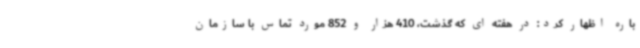
باره اظهار کرد: در هفته ای که گذشت، 410 هزار و 852 مورد تماس با سازمان